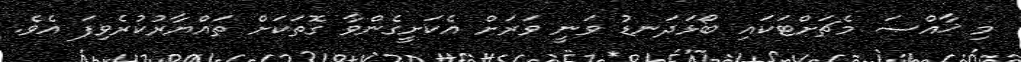
މި ޚާއްޞަ މެޗަށްޓަކައި ބޯޅަދަނޑު ވަނީ ވަރަށް އެކަށީގެންވާ ގޮތަކަށް ތައްޔާރުކުރެވިފަ އެވެ.